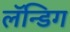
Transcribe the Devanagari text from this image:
लॅन्डिग